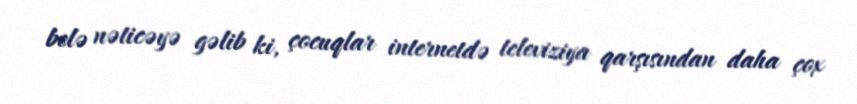
belə nəticəyə gəlib ki, çocuqlar internetdə televiziya qarşısından daha çox